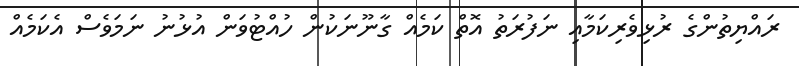
ރައްޔިތުންގެ ރުޅިވެރިކަމާއި ނަފުރަތު އޮތް ކަމެއް ގާނޫނަކުން ހުއްޓުވަން އުޅުނު ނަމަވެސް އެކަމެއް